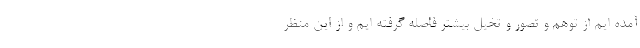
آمده ایم از توهم و تصور و تخیل بیشتر فاصله گرفته ایم و از این منظر